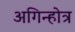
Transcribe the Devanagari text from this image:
अगिन्होत्र